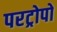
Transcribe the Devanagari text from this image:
परट्रोपो